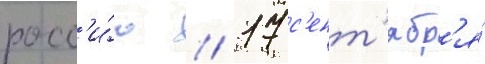
росс'и́ю // 17 с'ент'ябр'я́